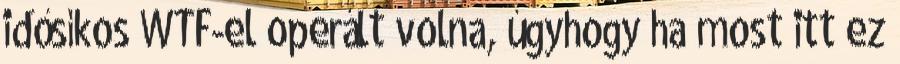
idősíkos WTF-el operált volna, úgyhogy ha most itt ez